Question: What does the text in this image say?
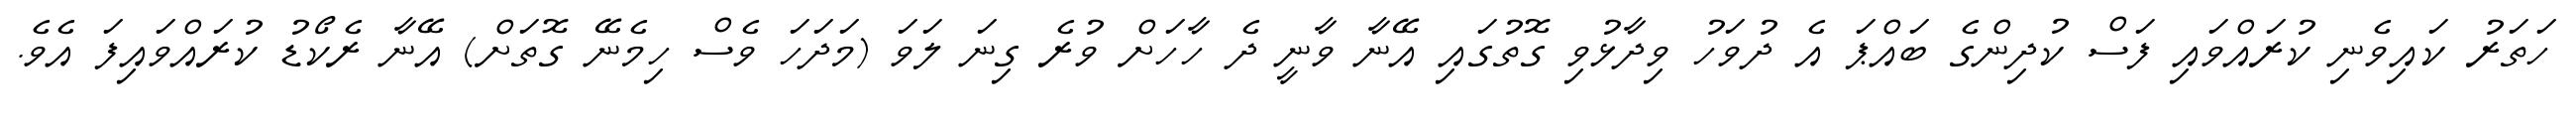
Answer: ހަތަރު ކައިވެނި ކުރައްވައި ފަސް ކުދިންގެ ބައްޕަ އެ ދުވަހު ވިދާޅުވި ގޮތުގައި އޭނާ ވާނީ ދެ ހާހަށް ވުރެ ގިނަ ލަވަ (މަދަހަ ވެސް ހިމެނޭ ގޮތަށް) އޭނާ ރެކޯޑު ކުރައްވައިފަ އެވެ.